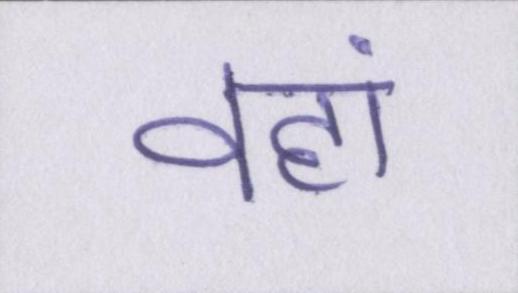
वहां